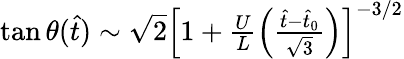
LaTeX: \begin{array}{r}{\tan\theta(\hat{t})\sim\sqrt{2}\left[1+\frac{U}{L}\left(\frac{\hat{t}-\hat{t}_{0}}{\sqrt{3}}\right)\right]^{-3/2}}\end{array}